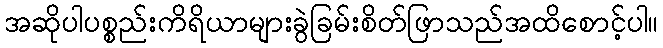
အဆိုပါပစ္စည်းကိရိယာများခွဲခြမ်းစိတ်ဖြာသည်အထိစောင့်ပါ။